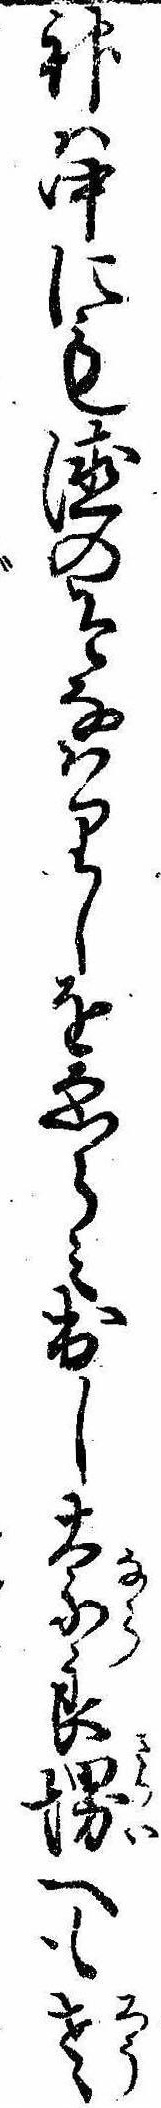
神は中にも徳のそなはりしをゑらみ出し奈良堺へも老